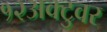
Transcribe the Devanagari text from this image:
१२अक्टुवर